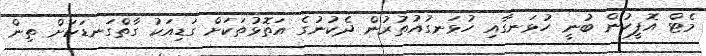
މެޓް އޮފީހުން ބުނީ ހުޅަނގާއި ހުޅަނގުއުތުރުން ދެކުނުގެ އަތޮޅުތަކަށް ގަޑިއަކު ގާތްގަނޑަކަށް ތިން